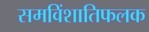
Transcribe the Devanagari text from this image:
समविंशातिफलक